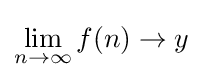
\lim _{n\to \infty }f(n)\to y